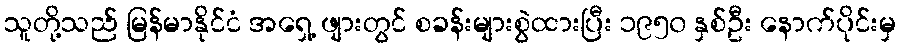
သူတို့သည် မြန်မာနိုင်ငံ အရှေ့ ဖျားတွင် စခန်းများစွဲထားပြီး ၁၉၅၀ နှစ်ဦး နောက်ပိုင်းမှ